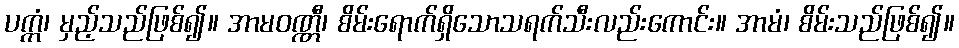
ပက္ကံ၊ မှည့်သည်ဖြစ်၍။ အာမဝဏ္ဏီ၊ စိမ်းရောက်ရှိသောသရက်သီးလည်းကောင်း။ အာမံ၊ စိမ်းသည်ဖြစ်၍။